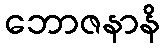
ဘောဇနာနိ